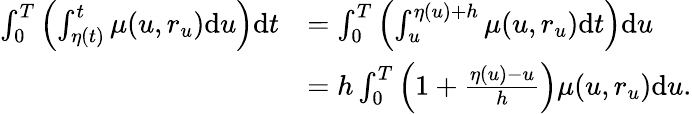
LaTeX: \begin{array}{rl}{\int_{0}^{T}\left(\int_{\eta(t)}^{t}\mu(u,r_{u})\mathrm{d}u\right)\mathrm{d}t}&{=\int_{0}^{T}\left(\int_{u}^{\eta(u)+h}\mu(u,r_{u})\mathrm{d}t\right)\mathrm{d}u}\\ &{=h\int_{0}^{T}\left(1+\frac{\eta(u)-u}{h}\right)\mu(u,r_{u})\mathrm{d}u.}\end{array}